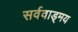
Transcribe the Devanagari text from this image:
सर्ववाड्मय